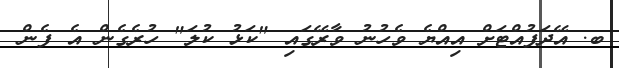
ބ. އޭދަފުއްޓަށް އިއްޔެ ވެހުނު ވާރޭގައި "ކަޅު ކުލަ" ހުރެގެން އެ ފެން